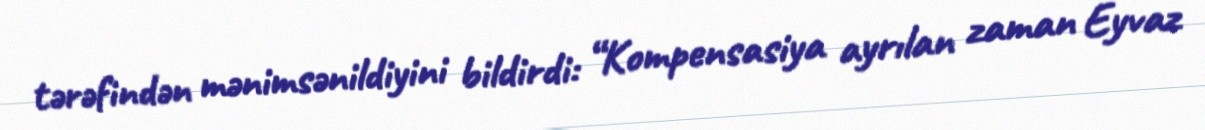
tərəfindən mənimsənildiyini bildirdi: “Kompensasiya ayrılan zaman Eyvaz